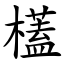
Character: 㯼